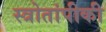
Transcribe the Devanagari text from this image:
स्त्रोतांपीकी